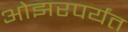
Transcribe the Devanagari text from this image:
ओझरपर्यंत